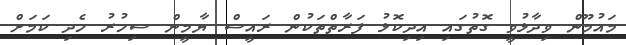
މައުމޫން ވިދާޅުވީ ގޮތުގައި އިދިކޮޅު ފަރާތްތަކުން ރައީސް ޔާމީން ސިހުރު ހެދި ކަމަށް